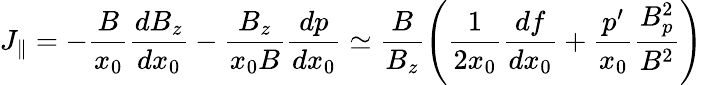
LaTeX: J_{\parallel}=-\frac{B}{x_{0}}\frac{dB_{z}}{dx_{0}}-\frac{B_{z}}{x_{0}B}\frac{dp}{dx_{0}}\simeq\frac{B}{B_{z}}\left(\frac{1}{2x_{0}}\frac{df}{dx_{0}}+\frac{p^{\prime}}{x_{0}}\frac{B_{p}^{2}}{B^{2}}\right)